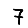
Digit: 7